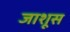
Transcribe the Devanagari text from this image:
जाशूस